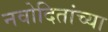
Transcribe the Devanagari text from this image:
नवोदितांच्या